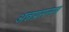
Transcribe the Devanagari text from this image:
अन्नप्रसनम